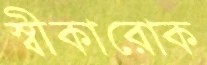
স্বীকারোক